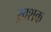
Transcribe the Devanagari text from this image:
ख़शक